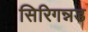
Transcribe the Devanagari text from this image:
सिरिगन्नड